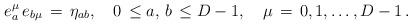
LaTeX: \begin{align*}e^\mu _a \,e_{b \mu }\,=\,\eta_{a b}, \quad 0\,\leq a, \,b \,\leq D-1, \quad \mu \,=\,0,1, \ldots , D-1\,{.}\end{align*}